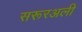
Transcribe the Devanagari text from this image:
सरूरअली